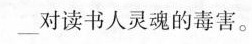
___ 对读书人灵魂的毒害。